Statistical return of the lunatic asylum in Assam - 1912-1932
Year: 1912
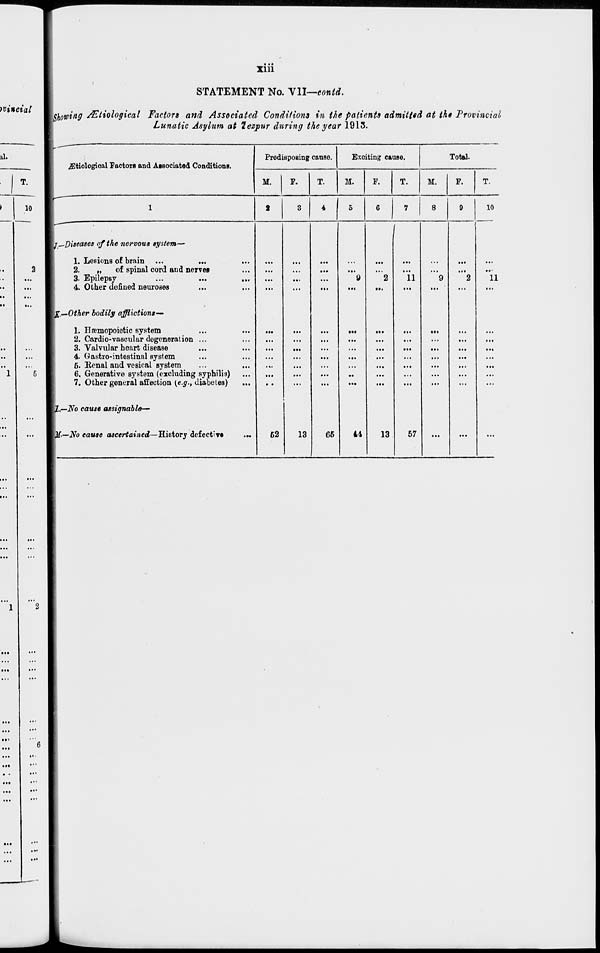
Xlll
yvincial
STATEMENT No. Yll—eontd.
{Showing AZtiological Factors and Associated Conditions in the patients admitted at the Provincial
Lunatic Asylum at lezjpur during the year 1913.
al.
T.
)
10
2
••
...
'•
...
••
...
.ffitiological Factors and Associated Conditions.
Predisposing cause.
M.
P.
T.
Exciting cause.
Total.
M.
F.
M.
F.
\j.—Diseases of the nervous system—
1. Lesions of brain ...
...
2.
„
of spinal cord and nerves
3. Epilepsy
4. Other denned neuroses
',—Other bodily afflictions-*
1. Haemopoietic system
2. Cardio-vaseular degeneration ...
3. Valvular heart disease
4. Gastro-intestinal system
6. Kenal and vesical system
6. Generative system (excluding syphilis)
7. Other general affection (e.g., diabetes)
I,—No cause assignable
-No cause ascertained—History defective
62
13
10
•"
"9
2
"ii
'9
"2
Ml
»••
■••
...
...
...
...
:::
...
...
...
66
44
13
57
...
11